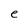
Character: e